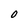
Character: O